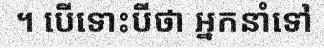
។ បើទោះបីថា អ្នកនាំទៅ